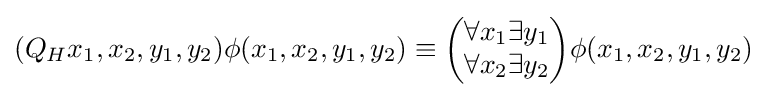
(Q_{H}x_{1},x_{2},y_{1},y_{2})\phi (x_{1},x_{2},y_{1},y_{2})\equiv {\begin{pmatrix}\forall x_{1}\exists y_{1}\\\forall x_{2}\exists y_{2}\end{pmatrix}}\phi (x_{1},x_{2},y_{1},y_{2})